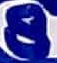
Text: 8